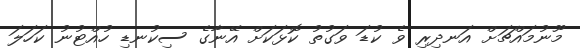
މޫނުމައްޗަށް އަނދިރި ވެ ކުޑަ ވަގުތު ކޮޅަކަށް އޭނާގެ ސިކުނޑި ހުއްޓުނު ކަހަލަ